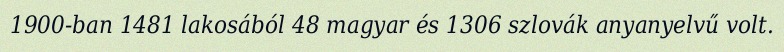
1900-ban 1481 lakosából 48 magyar és 1306 szlovák anyanyelvű volt.